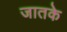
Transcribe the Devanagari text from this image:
जातके